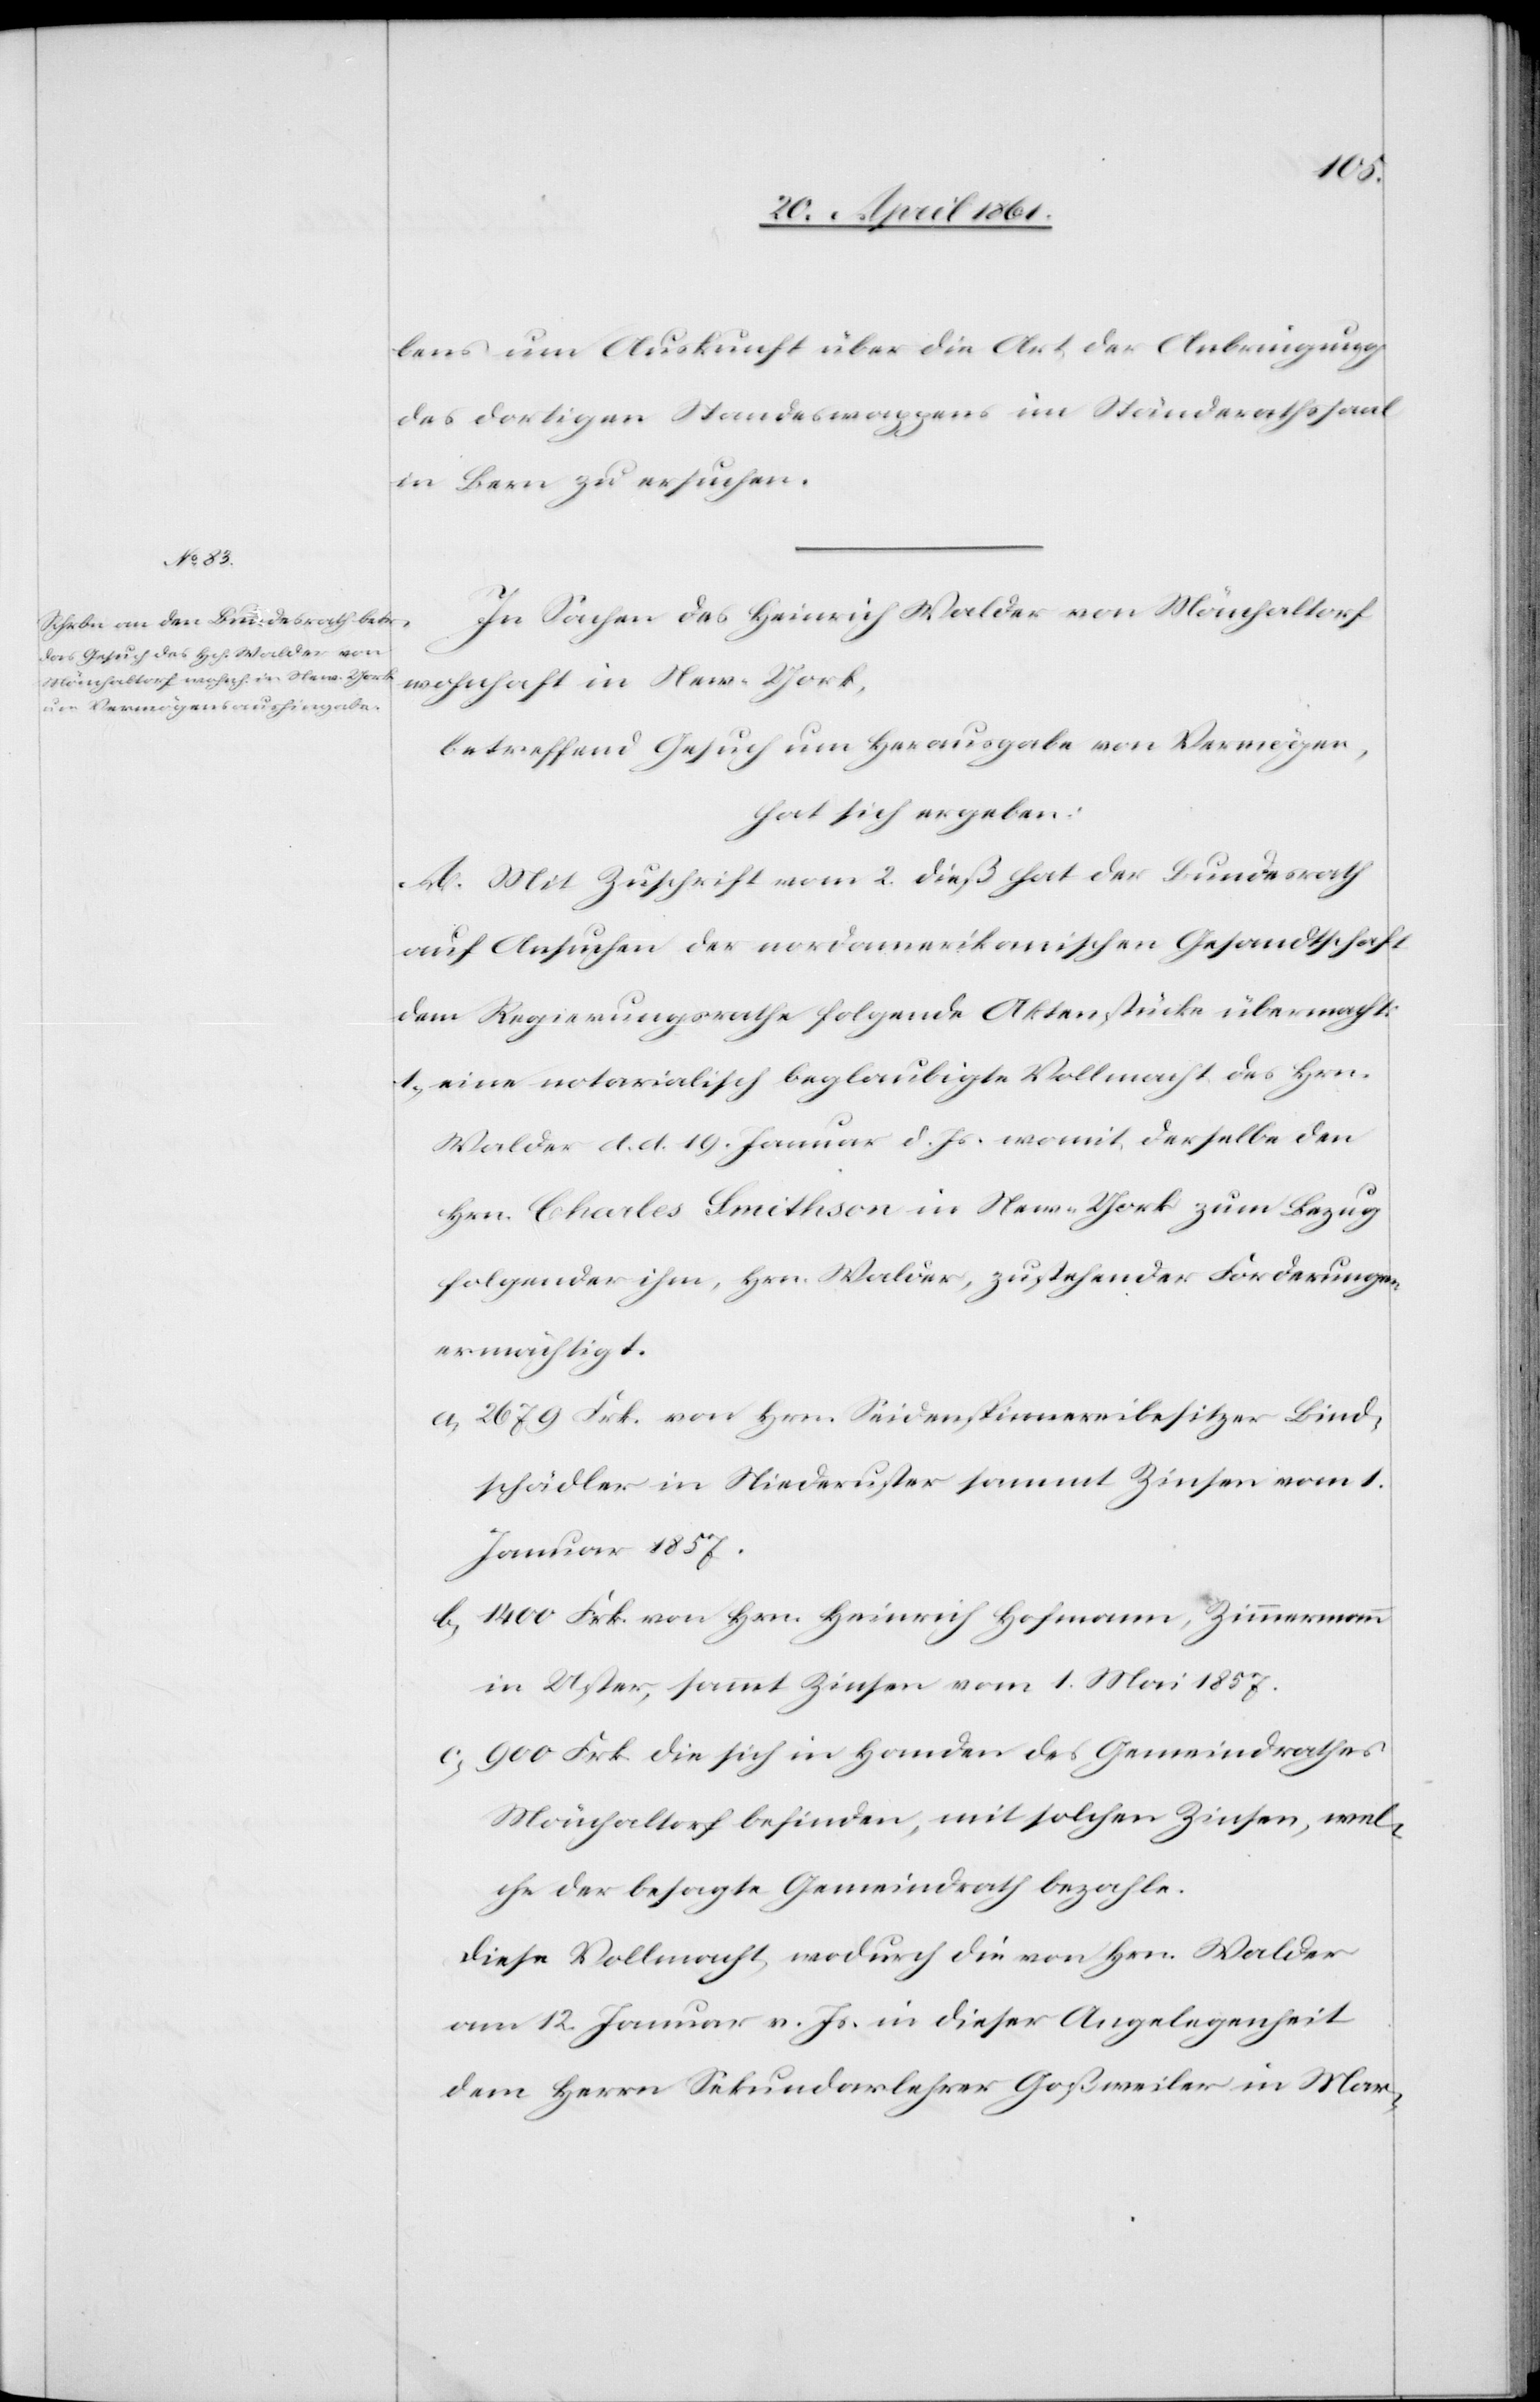
bens um Auskunft über die Art der Anbringung
des dortigen Standeswappens im Ständerathssaal
in Bern zu ersuchen.
In Sachen des Heinrich Walder von Mönchaltorf
wohnhaft in New-York,
betreffend Gesuch um Herausgabe von Vermögen,
hat sich ergeben:
A. Mit Zuschrift vom 2. dieß hat der Bundesrath
auf Ansuchen der nordamerikanischen Gesandtschaft
dem Regierungsrathe folgende Aktenstücke übermacht:
1. eine notarialisch beglaubte Vollmacht des Hrn.
Walder d. d. 19. Januar d. Js. womit derselbe den
Hrn. Charles Smithson in New-York zum Bezug
folgender ihm, Hrn. Walder, zustehender Forderungen
ermächtigt:
a. 2679 Frk. von Hrn. Seidenspinnereibesitzer Bind¬
schädler in Niederuster sammt Zinsen vom 1.
Januar 1857.
b. 1400 Frk. von Hrn. Heinrich Hofmann, Zimmermann
in Uster, sammt Zinsen vom 1. Mai 1857.
c. 900 Frk. die sich in Handen des Gemeindrathes
Mönchaltorf befinden, mit solchen Zinsen, wel¬
che der besagte Gemeindrath bezahle.
Diese Vollmacht, wodurch die von Hrn. Walder
am 12. Januar v. Js. in dieser Angelegenheit
dem Herrn Sekundarlehrer Goßweiler in Mar-